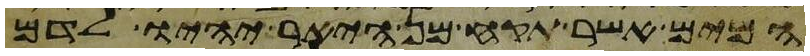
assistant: המים אשר תקח מן היאר יהיו לדם